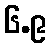
၆.၉